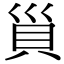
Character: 𧴲